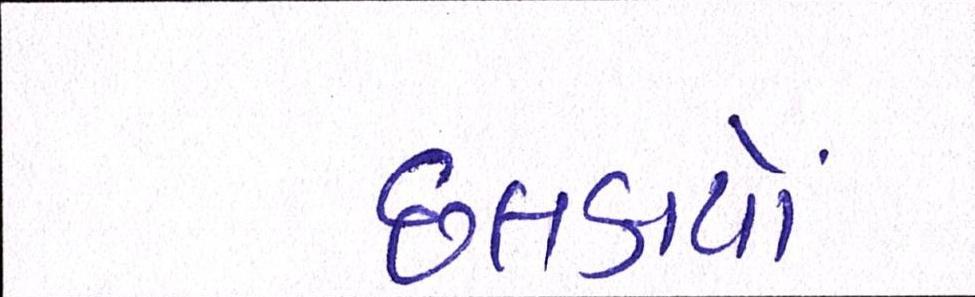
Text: છલકાયો